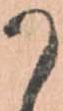
か